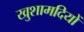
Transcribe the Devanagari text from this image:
खुशामदियों